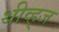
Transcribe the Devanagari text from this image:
थीव्ह्‌ज